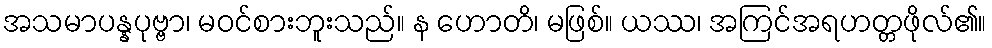
အသမာပန္နပုဗ္ဗာ၊ မဝင်စားဘူးသည်။ န ဟောတိ၊ မဖြစ်။ ယဿ၊ အကြင်အရဟတ္တဖိုလ်၏။